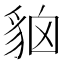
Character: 𧳄